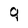
Character: 9